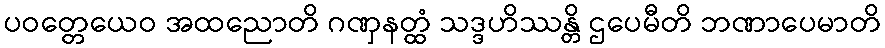
ပဝတ္တေယေဝ အထညောတိ ဂဏှနတ္ထံ သဒ္ဒဟိဿန္တိ ဌပေမီတိ ဘဏာပေမာတိ